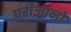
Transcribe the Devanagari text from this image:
परीज्ञानों